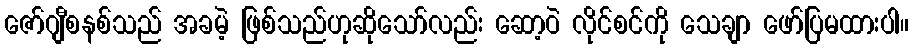
ဇော်ဂျီစနစ်သည် အခမဲ့ ဖြစ်သည်ဟုဆိုသော်လည်း ဆော့ဝဲ လိုင်စင်ကို သေချာ ဖော်ပြမထားပါ။